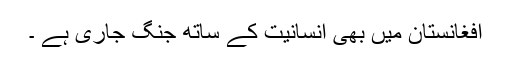
افغانستان میں بھی انسانیت کے ساتھ جنگ جاری ہے ۔